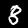
Label: 8